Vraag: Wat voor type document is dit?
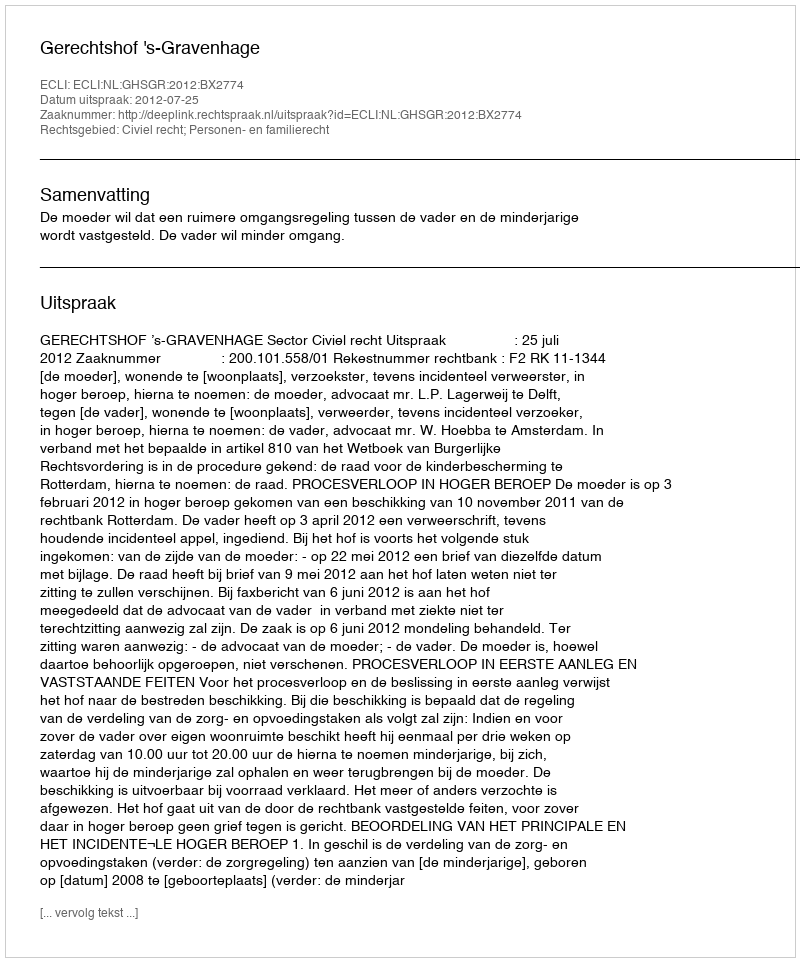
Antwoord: Uitspraak